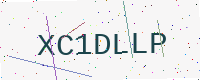
Text: XC1DLLP